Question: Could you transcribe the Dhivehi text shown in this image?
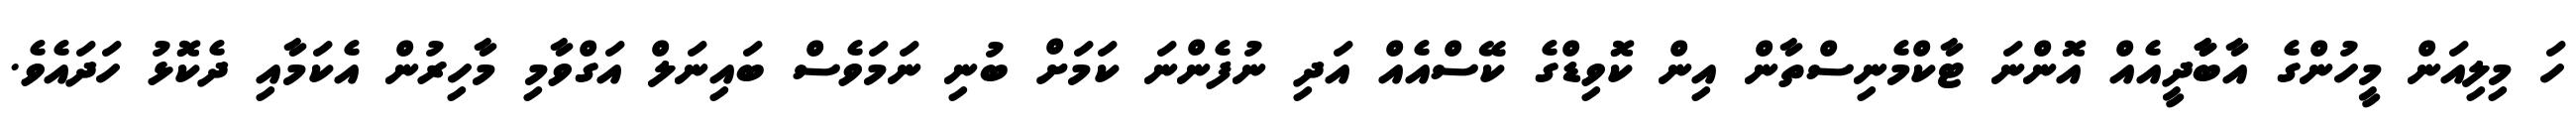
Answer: ހަ މިލިއަން މީހުންގެ އާބާާދީއެއް އޮންނަ ޓާކްމެނިސްތާން އިން ކޮވިޑްގެ ކޭސްއެއް އަދި ނުފެންނަ ކަމަށް ބުނި ނަމަވެސް ބައިނަލް އަގްވާމި މާހިރުން އެކަމާއި ދެކޮޅު ހަދައެވެ.